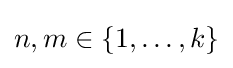
n,m\in \{1,\ldots ,k\}